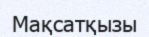
Мақсатқызы